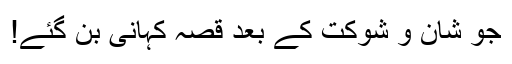
جو شان و شوکت کے بعد قصہ کہانی بن گئے!